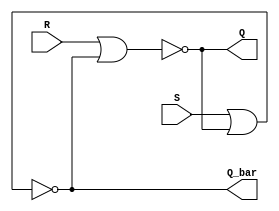
module SR_LATCH(S,R,Q,Q_bar);
input S,R;
output Q,Q_bar;
assign Q=~(R|Q_bar);
assign Q_bar=~(S|Q);
endmodule